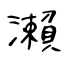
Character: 瀨